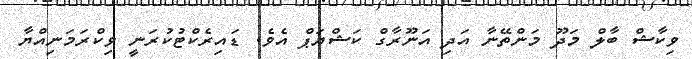
ވިކާޝް ބާލް މަދޫ މަންތޭނާ އަދި އަނޫރާގް ކަޝްޔަޕް އެވެ. ޑައިރެކްޓުކުރަނީ ވިކްރަމަނިއްޔާ